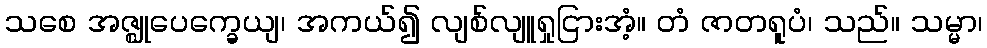
သစေ အဇ္ဈုပေက္ခေယျ၊ အကယ်၍ လျစ်လျူရှုငြားအံ့။ တံ ဇာတရူပံ၊ သည်။ သမ္မာ၊